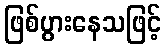
ဖြစ်ပွားနေသဖြင့်